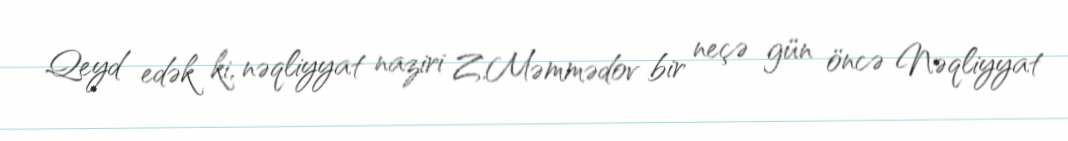
Qeyd edək ki, nəqliyyat naziri Z.Məmmədov bir neçə gün öncə Nəqliyyat